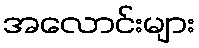
အလောင်းများ